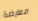
معارضة